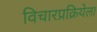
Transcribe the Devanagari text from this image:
विचारप्रक्रियेला